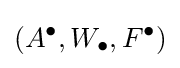
(A^{\bullet },W_{\bullet },F^{\bullet })